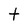
Character: t